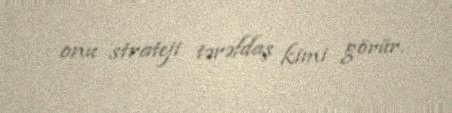
onu strateji tərəfdaş kimi görür.